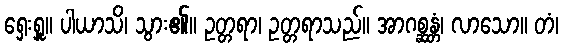
ရှေးရှူ။ ပါယာသိ၊ သွား၏။ ဥတ္တရာ၊ ဥတ္တရာသည်။ အာဂစ္ဆန္တံ၊ လာသော။ တံ၊